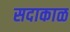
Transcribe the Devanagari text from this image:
सदाकाळ